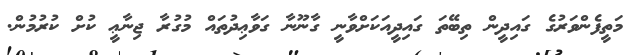
މަތީފެންވަރުގެ ގައިދީން ތިބޭތަ ގައިދީއަކަށްވާނީ ގާނޫނާ ގަވާޢިދުތައް މުގުރާ ޖިނާޢީ ކުށް ކުރުމުން.